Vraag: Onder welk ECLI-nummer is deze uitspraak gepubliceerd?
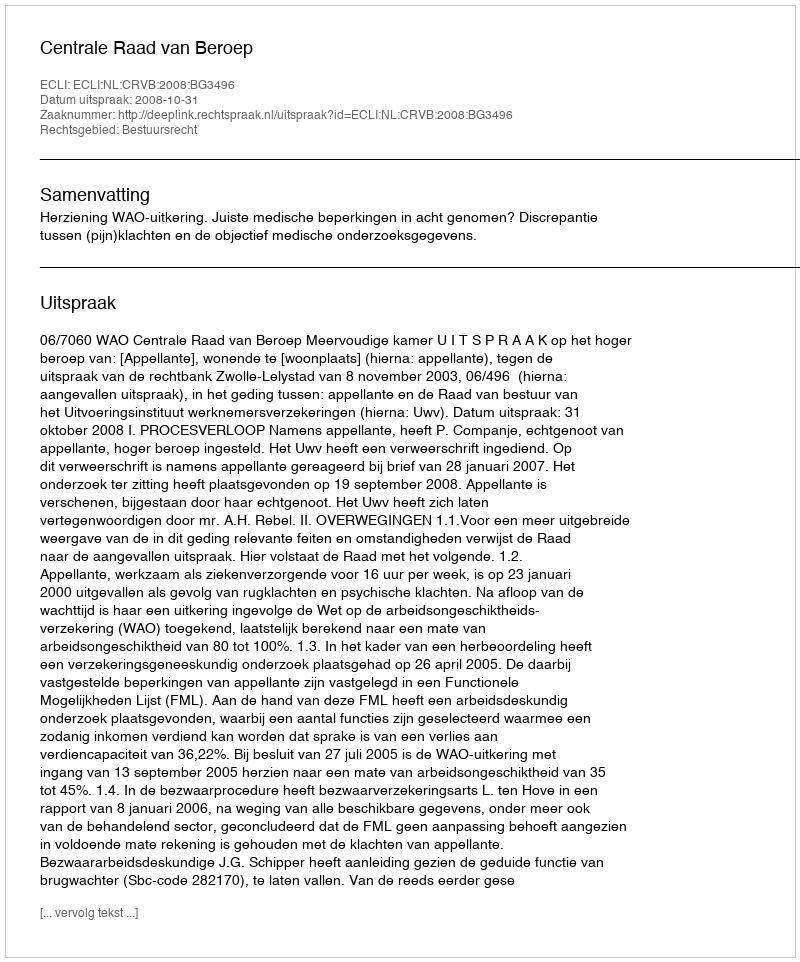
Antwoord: ECLI:NL:CRVB:2008:BG3496